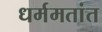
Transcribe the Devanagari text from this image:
धर्ममतांत